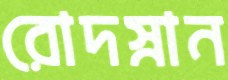
রোদস্নান